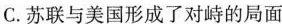
C.苏联与美国形成了对峙的局面